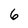
Character: 6